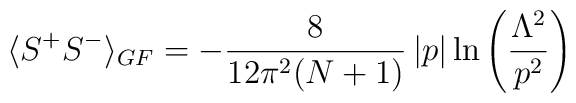
\langle S^{+}S^{-}\rangle_{GF}=-\frac{8}{12\pi^{2}(N+1)}\left|p\right|\ln\left(\frac{\Lambda^{2}}{p^{2}}\right)